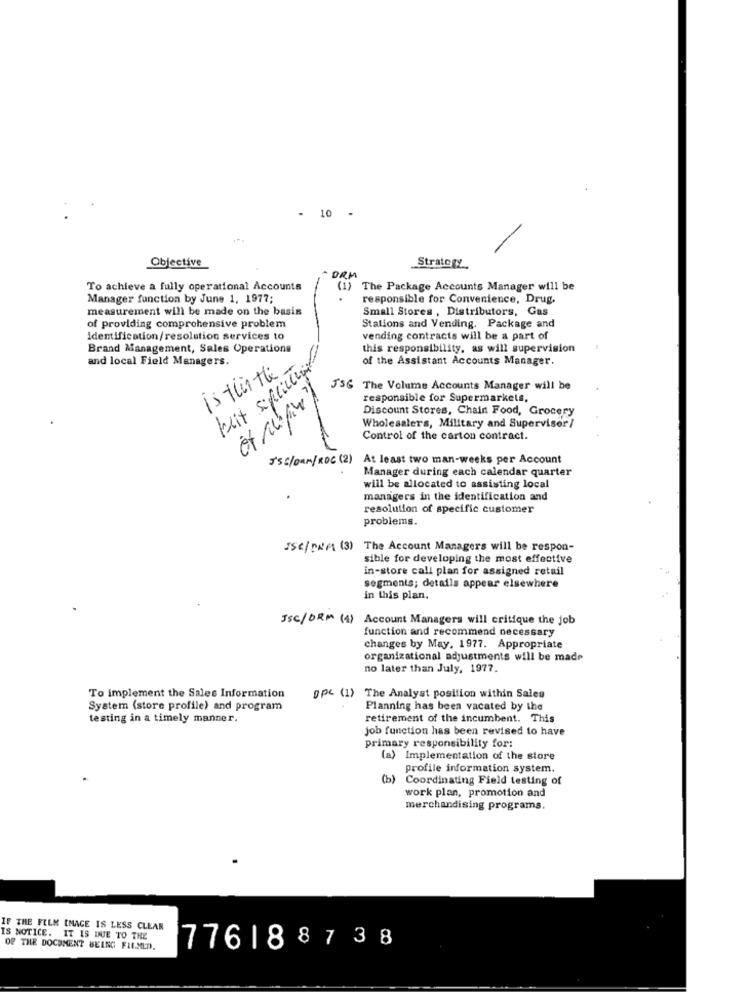
- 10
Objective
Strategy
DRI
To achieve a fully operational Accounts
(1) The Package Accounts Manager will be
Manager function by June 1, 1977;
responsible for Convenience, Drug.
measurement will be made on the basis
Small Stores , Distributors, Gas
of providing comprehensive problem
Stations and Vending. Package and
identification/resolution services to
vending contracts will be a part of
Brand Management, Sales Operations
this responsibility, as will supervision
and local Field Managers.
of the Assistant Accounts Manager.
is this the.
keit sifliegt
JSG The Volume Accounts Manager will be
responsible for Supermarkets,
Discount Stores, Chain Food, Grocery
Wholesalers, Military and Supervisor /
Control of the carton contract.
JSC/Dan/ROC (2) At least two man-weeks per Account
Manager during each calendar quarter
will be allocated to assisting local
managers in the identification and
resolution of specific customer
problems.
ISC/PRA (3) The Account Managers will be respon-
sible for developing the most effective
in-store call plan for assigned retail
segments; details appear elsewhere
in this plan.
ISC/DRM (4) Account Managers will critique the job
function and recommend necessary
changes by May, 1977. Appropriate
organizational adjustments will be made
no later than July, 1977.
To implement the Sales Information
gpc (1) The Analyst position within Sales
System (store profile) and program
Planning has been vacated by the
testing in a timely manner.
retirement of the incumbent. This
job function has been revised to have
primary responsibility for:
(a) Implementation of the store
profile information system.
(b) Coordinating Field testing of
work plan, promotion and
merchandising programs.
IF THE FILM [MACE IS LESS CLEAR
IS NOTICE. IT IS DUE TO THE
OF THE DOCUMENT BEING FILMED.
776188738